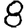
Digit: 8